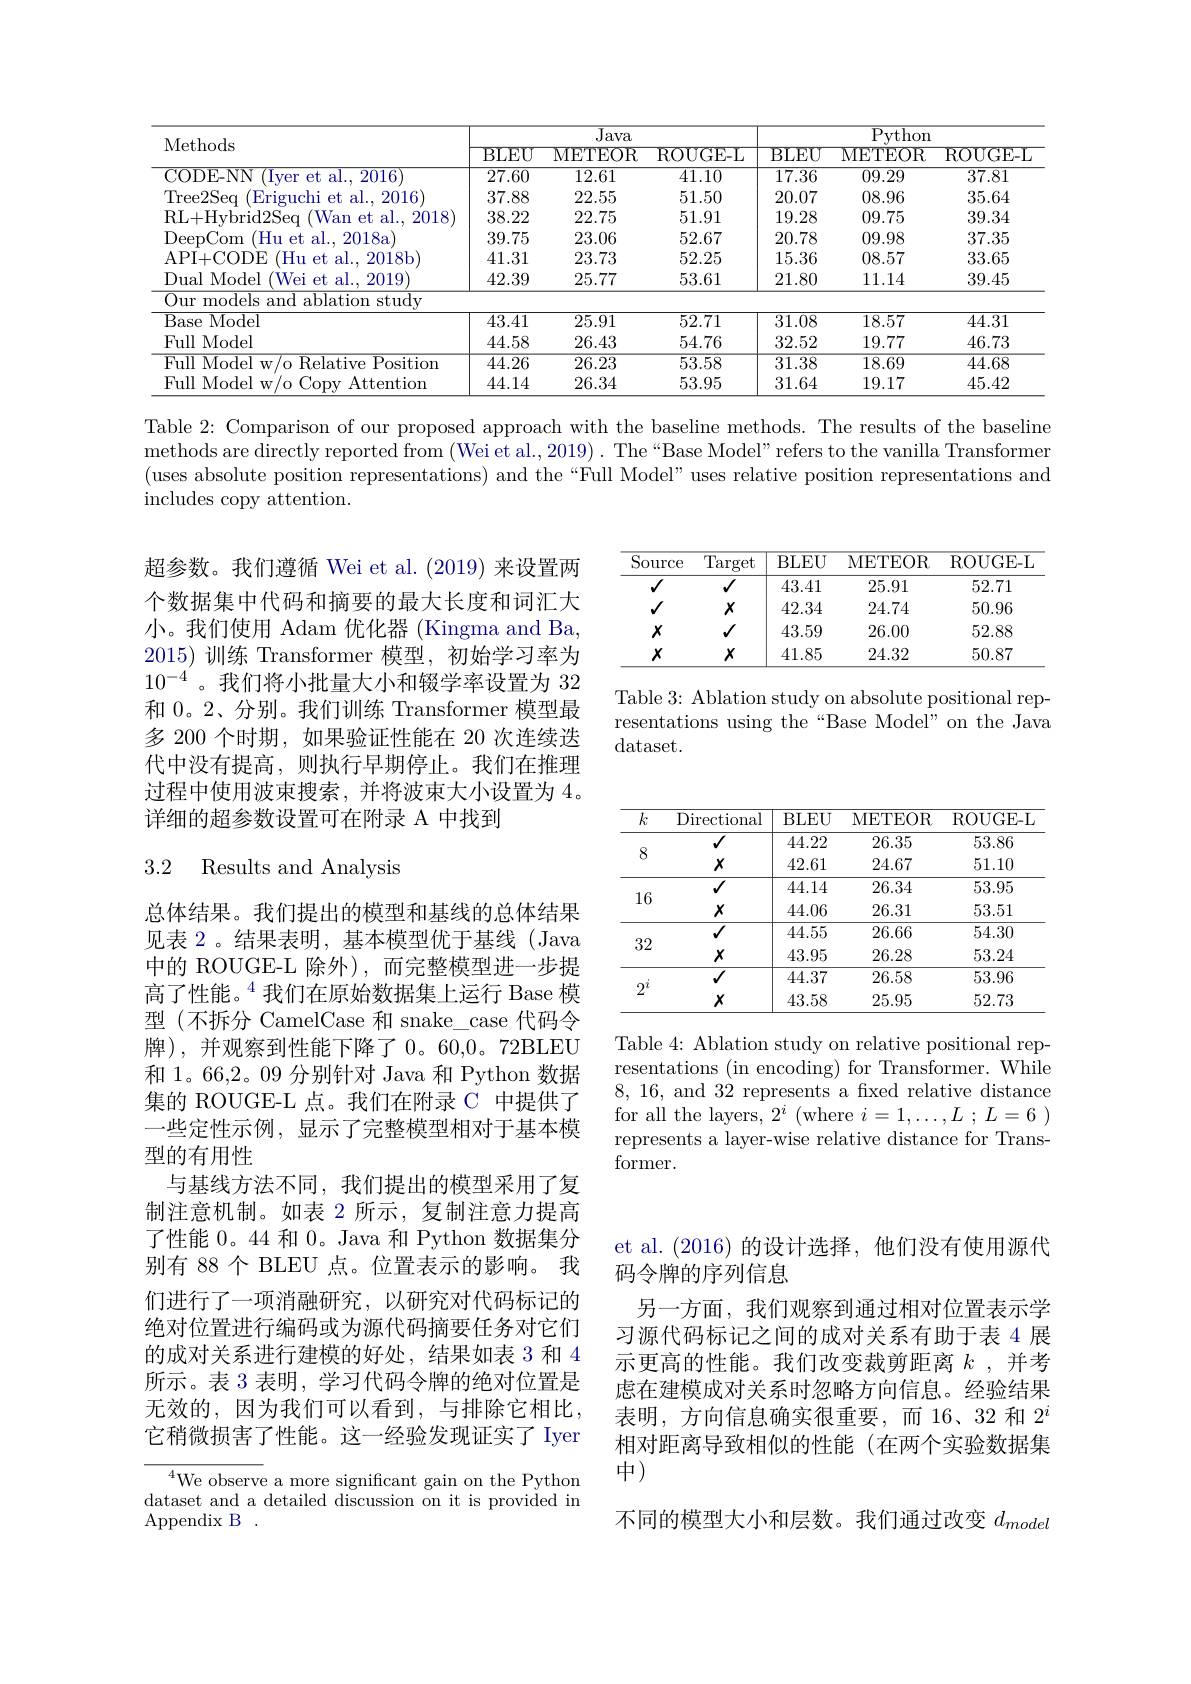
<table>
	<tbody>
		<tr>
			<th rowspan="2">Methods</th>
			<th colspan="3">$\overline{\text{Java}}$</th>
			<th colspan="3">$\overline{\mathrm{Python}}$</th>
		</tr>
		<tr>
			<th>BLEO</th>
			<th>METEOR</th>
			<th>ROUGE-L</th>
			<th>BLEO</th>
			<th>METEOR</th>
			<th>$\operatorname{ROUGE-L}$</th>
		</tr>
		<tr>
			<td>CODE- NN Iver et al. , 2016</td>
			<td>27.60</td>
			<td>12.61</td>
			<td>41.10</td>
			<td>17.36</td>
			<td>09.29</td>
			<td>37.81</td>
		</tr>
		<tr>
			<td>Tree2Seq Eriguchi et al. . 2016</td>
			<td>37.88</td>
			<td>22.55</td>
			<td>51.50</td>
			<td>20.07</td>
			<td>08.96</td>
			<td>35.64</td>
		</tr>
		<tr>
			<td>RL+ Hvbrid2Seq Wan et al., 2018</td>
			<td>38.22</td>
			<td>22.75</td>
			<td>51.91</td>
			<td>19.28</td>
			<td>09.75</td>
			<td>39.34</td>
		</tr>
		<tr>
			<td>DeepCom $^{\prime }$Hu et al. , 2018a</td>
			<td>39.75</td>
			<td>23.06</td>
			<td>52.67</td>
			<td>20.78</td>
			<td>09.98</td>
			<td>37.35</td>
		</tr>
		<tr>
			<td>API+CODE (Hu et al..2018b</td>
			<td>41.31</td>
			<td>23.73</td>
			<td>52.25</td>
			<td>15.36</td>
			<td>08.57</td>
			<td>33.65</td>
		</tr>
		<tr>
			<td>Dual Model (Wei et al., 2019</td>
			<td>42.39</td>
			<td>25.77</td>
			<td>53.61</td>
			<td>21.80</td>
			<td>11.14</td>
			<td>39.45</td>
		</tr>
		<tr>
			<td>Our models and ablation study</td>
			<td> </td>
			<td> </td>
			<td> </td>
			<td> </td>
			<td> </td>
			<td> </td>
		</tr>
		<tr>
			<td>Base Model</td>
			<td>43.41</td>
			<td>25.91</td>
			<td>52.71</td>
			<td>31.08</td>
			<td>18.57</td>
			<td>44.31</td>
		</tr>
		<tr>
			<td>Full Model</td>
			<td>44.58</td>
			<td>26.43</td>
			<td>54.76</td>
			<td>32.52</td>
			<td>19.77</td>
			<td>46.73</td>
		</tr>
		<tr>
			<td>Full Model w/o Relative Position</td>
			<td>44.26</td>
			<td>26.23</td>
			<td>53.58</td>
			<td>31.38</td>
			<td>18.69</td>
			<td>44.68</td>
		</tr>
		<tr>
			<td>Full Model w/o Copv Attention</td>
			<td>44.14</td>
			<td>26.34</td>
			<td>53.95</td>
			<td>31.64</td>
			<td>19.17</td>
			<td>45.42</td>
		</tr>
	</tbody>
</table>

Table 2: Comparison of our proposed approach with the baseline methods. The results of the baseline methods are directly reported from (Wei et al., 2019). The“Base Model”refers to the vanilla Transformer (uses absolute position representations) and the“Full Model” uses relative position representations and includes copy attention.

<table>
	<tbody>
		<tr>
			<th>$\overline{\mathrm{Source}}$</th>
			<th>$\overline{\text{Target}}$</th>
			<th>BLEU</th>
			<th>METEOR</th>
			<th>ROUGE- L</th>
		</tr>
		<tr>
			<td>$√$</td>
			<td>$√$</td>
			<td>43.41</td>
			<td>25.91</td>
			<td>52.71</td>
		</tr>
		<tr>
			<td>$√$</td>
			<td>$X$</td>
			<td>42.34</td>
			<td>24.74</td>
			<td>50.96</td>
		</tr>
		<tr>
			<td>$X$</td>
			<td>$√$</td>
			<td>43.59</td>
			<td>26.00</td>
			<td>52.88</td>
		</tr>
		<tr>
			<td>$X$</td>
			<td>$X$</td>
			<td>41.85</td>
			<td>24.32</td>
			<td>50.87</td>
		</tr>
	</tbody>
</table>

超参数。我们遵循 Wei et al.(2019) 来设置两个数据集中代码和摘要的最大长度和词汇大小。我们使用 Adam 优化器 (Kingma and Ba, 2015)训练 Transformer 模型，初始学习率为$10^{-4^{\prime}}$。我们将小批量大小和辍学率设置为 32和0。2、分别。我们训练 Transformer 模型最多 200 个时期，如果验证性能在 20 次连续迭代中没有提高，则执行早期停止。我们在推理过程中使用波束搜索，并将波束大小设置为 4。详细的超参数设置可在附录 A 中找到

Table 3: Ablation study on absolute positional representations using the“Base Model” on the Java dataset.

### 3.2 Results and Analysis

<table>
	<tbody>
		<tr>
			<th>$\overline{k}$</th>
			<th>Directional</th>
			<th>BLEU</th>
			<th>METEOR</th>
			<th>$\operatorname{ROUGE-L}$</th>
		</tr>
		<tr>
			<td rowspan="2">8</td>
			<td>$√$</td>
			<td>44.22</td>
			<td>26.35</td>
			<td>53.86</td>
		</tr>
		<tr>
			<td>$X$</td>
			<td>42.61</td>
			<td>24.67</td>
			<td>51.10</td>
		</tr>
		<tr>
			<td rowspan="2">16</td>
			<td>$√$</td>
			<td>44.14</td>
			<td>26.34</td>
			<td>53.95</td>
		</tr>
		<tr>
			<td>$X$</td>
			<td>44.06</td>
			<td>26.31</td>
			<td>53.51</td>
		</tr>
		<tr>
			<td rowspan="2">32</td>
			<td>$√$</td>
			<td>44.55</td>
			<td>26.66</td>
			<td>54.30</td>
		</tr>
		<tr>
			<td>$X$</td>
			<td>43.95</td>
			<td>26.28</td>
			<td>53.24</td>
		</tr>
		<tr>
			<td rowspan="2">$2^{i}$</td>
			<td>$√$</td>
			<td>44.37</td>
			<td>26.58</td>
			<td>53.96</td>
		</tr>
		<tr>
			<td>$X$</td>
			<td>43.58</td>
			<td>25.95</td>
			<td>52.73</td>
		</tr>
	</tbody>
</table>

Table 4: Ablation study on relative positional representations (in encoding) for Transformer. While 8,16, and 32 represents a fxed relative distance for all the layers, $2^i$ (where $i= 1, \ldots , L$ ; $L= 6$ ) represents a layer-wise relative distance for Transformer.

总体结果。我们提出的模型和基线的总体结果见表 2。结果表明，基本模型优于基线(Java 中的 ROUGE-L 除外),而完整模型进一步提高了性能。$^{4}$我们在原始数据集上运行 Base 模型(不拆分 CamelCase 和 snake\_case 代码令牌),并观察到性能下降了0。60,0。72BLEU 和 1。66,2。09 分别针对 Java 和 Python 数据集的 ROUGE-L 点。我们在附录 C 中提供了一些定性示例，显示了完整模型相对于基本模型的有用性
与基线方法不同，我们提出的模型采用了复制注意机制。如表 2 所示，复制注意力提高了性能 0。44 和 0。Java 和 Python 数据集分别有 88 个 BLEU 点。位置表示的影响。我们进行了一项消融研究，以研究对代码标记的绝对位置进行编码或为源代码摘要任务对它们的成对关系进行建模的好处，结果如表 3 和 4所示。表 3 表明，学习代码令牌的绝对位置是无效的，因为我们可以看到，与排除它相比， 它稍微损害了性能。这一经验发现证实了 Iyer

et al.(2016)的设计选择，他们没有使用源代
码令牌的序列信息
另一方面，我们观察到通过相对位置表示学习源代码标记之间的成对关系有助于表 4 展示更高的性能。我们改变裁剪距离$k$ ,并考虑在建模成对关系时忽略方向信息。经验结果表明，方向信息确实很重要，而16、32 和$2^i$ 相对距离导致相似的性能(在两个实验数据集中)
不同的模型大小和层数。我们通过改变$d_{model}$

$^{4}$We observe a more significant gain on the Python dataset and a detailed discussion on it is provided in Appendix B .